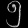
Digit: ၅